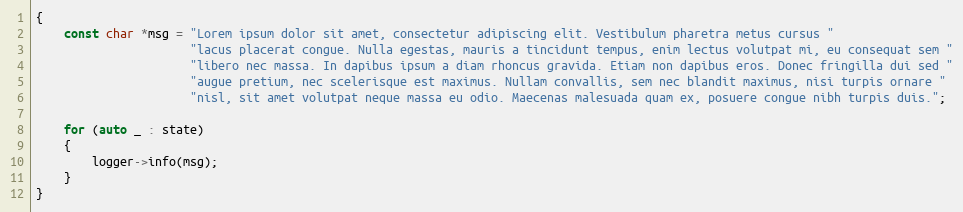
Language: C++
{
    const char *msg = "Lorem ipsum dolor sit amet, consectetur adipiscing elit. Vestibulum pharetra metus cursus "
                      "lacus placerat congue. Nulla egestas, mauris a tincidunt tempus, enim lectus volutpat mi, eu consequat sem "
                      "libero nec massa. In dapibus ipsum a diam rhoncus gravida. Etiam non dapibus eros. Donec fringilla dui sed "
                      "augue pretium, nec scelerisque est maximus. Nullam convallis, sem nec blandit maximus, nisi turpis ornare "
                      "nisl, sit amet volutpat neque massa eu odio. Maecenas malesuada quam ex, posuere congue nibh turpis duis.";

    for (auto _ : state)
    {
        logger->info(msg);
    }
}